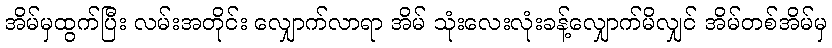
အိမ်မှထွက်ပြီး လမ်းအတိုင်း လျှောက်လာရာ အိမ် သုံးလေးလုံးခန့်လျှောက်မိလျှင် အိမ်တစ်အိမ်မှ